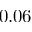
0 . 0 6